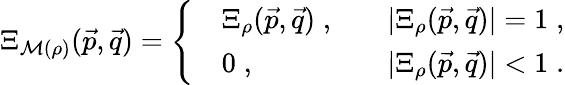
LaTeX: \begin{array}{r}{\Xi_{\mathcal M(\rho)}(\vec{p},\vec{q})=\left\{ \begin{array}{rlrl}&{\Xi_{\rho}(\vec{p},\vec{q})\; ,}&&{|\Xi_{\rho}(\vec{p},\vec{q})|=1\; ,}\\ &{0\; ,}&&{|\Xi_{\rho}(\vec{p},\vec{q})|<1\; .}\end{array}\right.}\end{array}